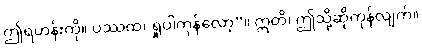
ဤရဟန်းကို။ ပဿထ၊ ရှုပါကုန်လော့”။ ဣတိ၊ ဤသို့ဆိုကုန်လျက်။